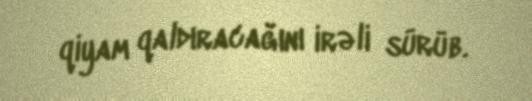
qiyam qaldıracağını irəli sürüb.